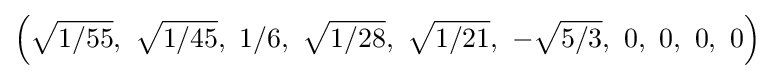
\left({\sqrt {1/55}},\ {\sqrt {1/45}},\ 1/6,\ {\sqrt {1/28}},\ {\sqrt {1/21}},\ -{\sqrt {5/3}},\ 0,\ 0,\ 0,\ 0\right)